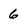
Character: 6